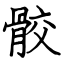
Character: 骹